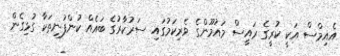
އެއިމްސް އަކީ ކުރީގެ ރައީސް މައުމޫންގެ ވެރިކަމުގައި ސަރުކާރުގެ ބައެއް ކުންފުނިތަކާ ގުޅިގެން